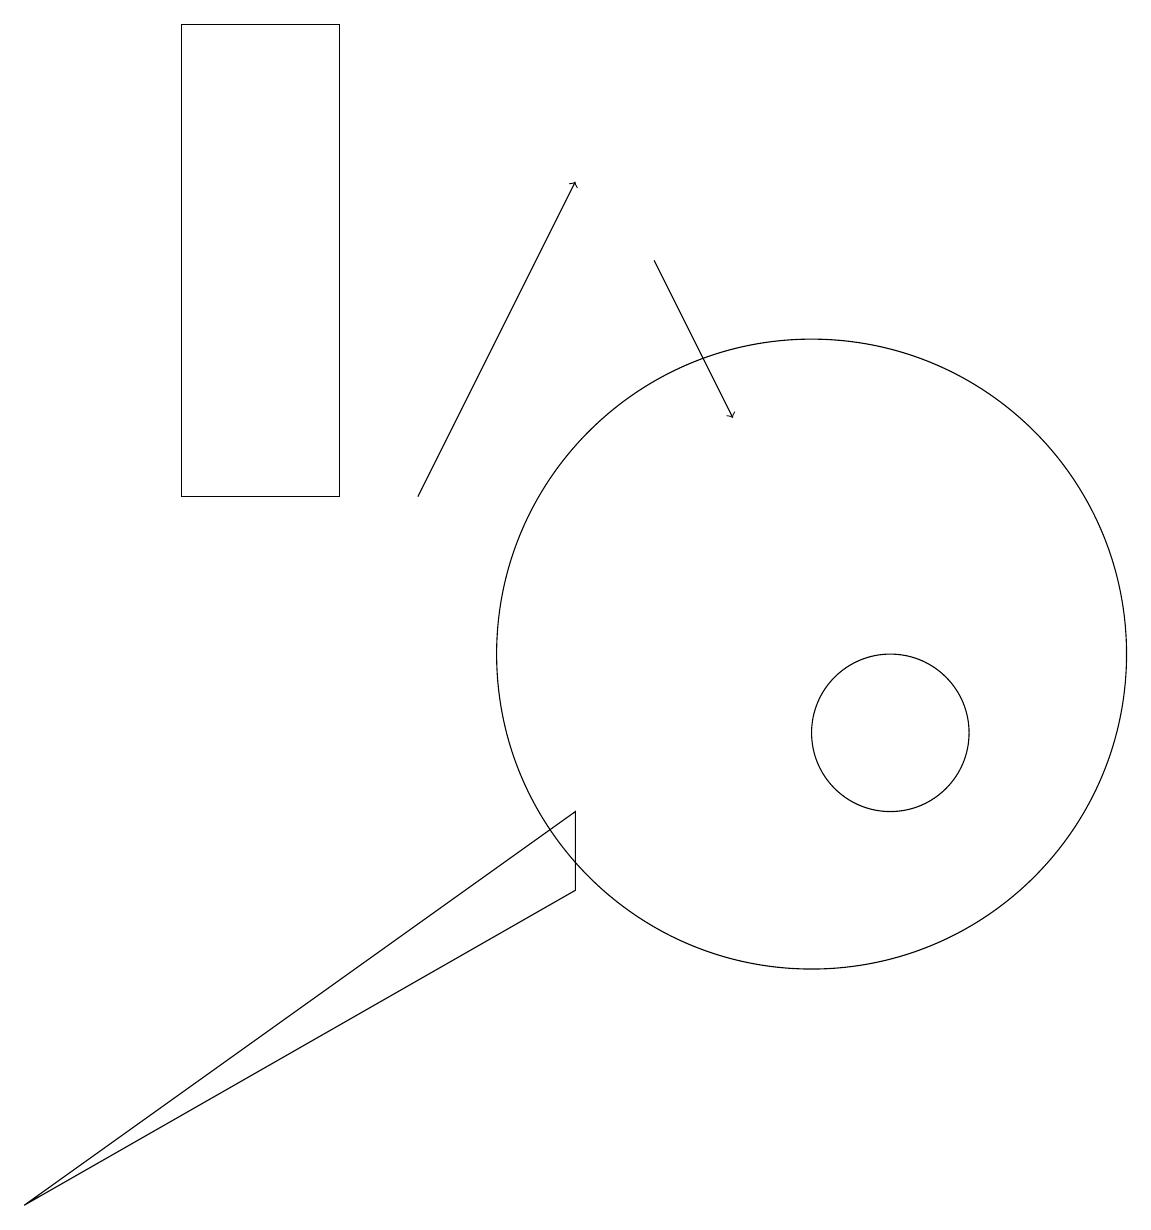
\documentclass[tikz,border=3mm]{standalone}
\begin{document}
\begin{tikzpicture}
\draw (7,8) -- (7,9) -- (0,4) -- cycle;
\draw[->] (8,16) -- (9,14);
\draw (11,10) circle (1);
\draw (11,10) circle (0);
\draw (2,13) rectangle (4,19);
\draw[->] (5,13) -- (7,17);
\draw (10,11) circle (4);
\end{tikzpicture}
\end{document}